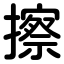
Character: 擦